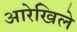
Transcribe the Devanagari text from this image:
आरेखिले